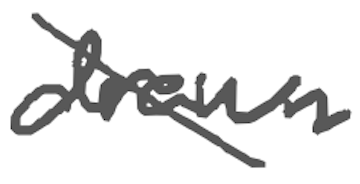
Text: drawn
Cross-out: diagonal
Writing tool: digital_gray